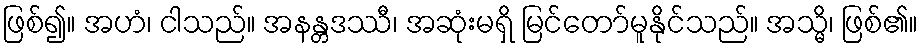
ဖြစ်၍။ အဟံ၊ ငါသည်။ အနန္တဒဿီ၊ အဆုံးမရှိ မြင်တော်မူနိုင်သည်။ အသ္မိ၊ ဖြစ်၏။